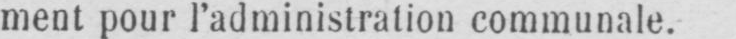
ment pour l’administration communale.